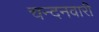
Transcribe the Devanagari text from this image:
चन्दनवारी